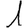
Digit: 1